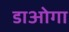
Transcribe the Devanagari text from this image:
डाओगा